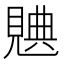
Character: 𧡝